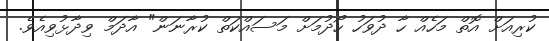
ކުރިއަށް އޮތް މަހެއް ހާ ދުވަހު ހޯދުމަށް މަސައްކަތް ކުރާނަން" އާދަމް ވިދާޅުވިއެވެ.